Vaccination North-Western Provinces and Oudh 1896-1901 - 1896-1901
Year: 1896
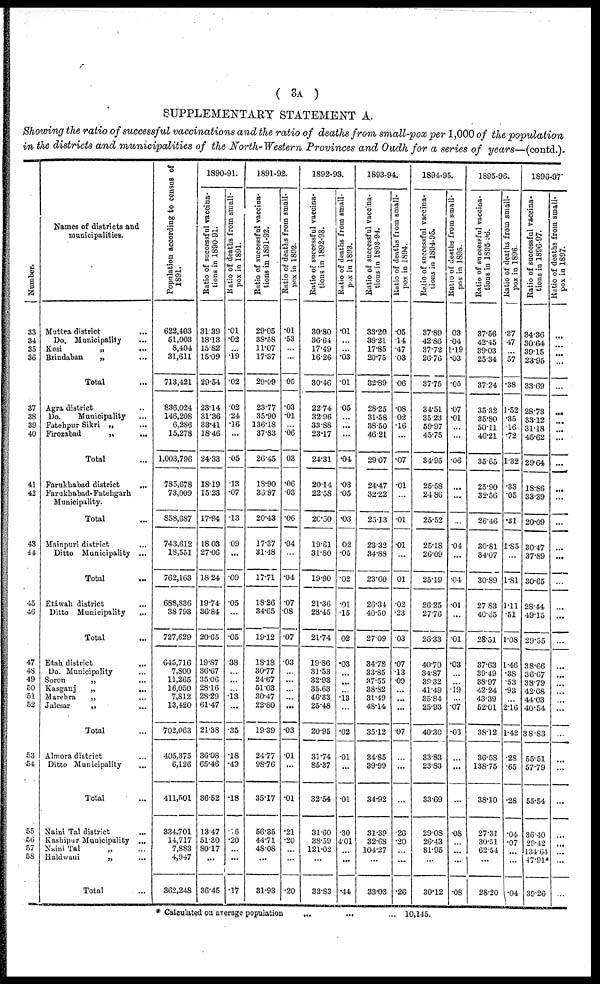
( 3A )
SUPPLEMENTARY STATEMENT A.
Showing the ratio of successful vaccinations and the ratio of deaths from small-pox per 1,000 of the population
in the districts and municipalities of the North-Western Provinces and Oudh for a series of years—(contd.).
Number.
33
34
35
36
37
38
39
40
41
42
43
44
45
46
47
48
49
50
51
52
53
54
55
56
57
58
Names of districts and
municipalities.
Muttra district ...
Do. Municipality ...
Kosi
„
...
Brindaban
„
...
Total ...
Agra district ...
Do.
Municipality ...
Fatehpur Sikri „ ...
Firozabad
„
...
Total ...
Farukhabad district
...
Farukhabad-Fatehgarh
Municipality.
Total ...
Mainpuri district ...
Ditto Municipality ...
Total ...
Etáwah district ...
Ditto Municipality ...
Total ...
Etah district ...
Do. Municipality ...
Soron
„ ...
Kasganj
„ ...
Marehra
„ ...
Jalesar
„ ...
Total ...
Almora district ...
Ditto Municipality ...
Total
Naini Tal district ...
Kashipur Municipality ...
Naini Tal
„ ...
Haldwani
„ ...
Total ...
Population according to census of
1891.
622,403
51,003
8,404
31,611
713,421
836,024
146,208
6,286
15,278
1,003,796
785,678
73,009
858,687
743,612
18,551
762,163
688,836
38,793
727,629
645,716
7,800
11,265
16,050
7,812
13,420
702,063
405,375
6,126
411,501
334,701
14,717
7,883
4,947
362,248
1890-91.
Ratio of successful vaccina-
tions in 1890-91.
31.39
18.13
15.82
15.09
29.54
23.14
31.36
33.41
18.46
24.33
18.19
15.23
17.94
18.03
27.06
18.24
19.74
36.84
20.65
19.87
36.67
35.06
28.16
28.29
61.47
21.38
36.08
65.46
36.52
13.47
51.30
80.17
...
36.45
Ratio of deaths from small-
pox in 1891.
.01
.02
...
.19
.02
.02
.24
.16
...
.05
.13
.07
.13
.09
...
.09
.05
...
.05
.38
...
...
...
.13
...
.35
.18
.49
.18
6
.20
...
...
.17
1891-92.
Ratio of successful vaccina-
tions in 1891-92.
29.05
38.58
11.07
17.37
29.09
23.77
35.90
136.18
37.83
26.45
18.90
36.97
20.43
17.37
31.48
17.71
18.26
34.65
19.12
18.18
30.77
24.67
51.03
30.47
22.80
19.39
24.77
98.76
35.17
56.35
44.71
48.08
...
31.93
Ratio of deaths from small-
pox in 1892.
.01
.53
...
...
.05
.03
.01
...
.06
03
.06
.03
.06
.04
...
.04
.07
.08
.07
.03
...
...
...
...
...
.03
.01
...
.01
.21
.20
...
...
.20
1892-93.
Ratio of successful vaccina-
tions in 1892-93.
30.80
36.64
17.49
16.26
30.46
22.74
32.96
33.88
23.17
24.31
20.14
22.58
20.50
19.61
31.80
19.90
21.36
28.45
21.74
19.86
31.53
32.93
35.63
46.33
25.48
20.95
31.74
85.37
32.54
31.60
38.59
121.02
...
33.83
Ratio of deaths from small-
pox in 1893.
.01
...
...
.03
.01
.05
...
...
...
.04
.03
.05
.03
02
.05
.02
.01
.15
02
.03
...
...
...
.13
...
.02
.01
...
.01
.30
4.01
...
...
.44
1893-94.
Ratio of successful vaccina-
tions in 1893-94.
33.20
39.21
17.85
20.75
32.89
28.25
31.58
38.50
46.21
29.07
24.47
32.22
25.13
23.32
34.88
23.60
26.34
40.50
27.09
34.78
33.85
37.55
38.82
31.49
48.14
35.12
34.85
39.99
34.92
31.39
32.68
104.27
...
33.03
Ratio of deaths from small-
pox in 1894.
.05
.14
.47
.03
.06
.08
.02
.16
...
.07
.01
...
.01
.01
...
01
.02
.23
.03
.07
.13
.09
...
...
...
07
...
...
...
.26
.20
...
...
.26
1894-95.
Ratio of successful vaccina-
tions in 1894-95.
37.89
42.86
37.72
26.76
37.75
34.51
35.23
59.97
45.75
34.95
25.58
24.86
25.52
25.18
26.09
25.19
26.25
27.76
26.33
40.70
34.87
39.32
41.49
35.84
25.93
40.30
33.83
23.83
33.69
29.08
26.43
81.95
...
30.12
Ratio of deaths from small-
pox in 1895.
03
.04
1.19
.03
.05
.07
.01
...
...
.06
...
...
...
.04
...
.04
.01
...
.01
.03
...
...
.19
...
.07
.03
...
...
...
.08
...
...
...
.08
1895-96.
Ratio of successful vaccina-
tions in 1895-96.
37.56
42.45
39.03
25.34
37.24
35.32
35.80
50.11
46.21
35.65
25.90
32.56
26.46
30.81
34.07
30.89
27.83
40.65
28.51
37.63
39.49
38.97
42.24
43.39
52.01
38.12
36.58
138.75
38.10
27.31
30.51
62.54
...
28.20
Ratio of deaths from small-
pox in 1896.
.37
47
...
57
.38
1. 52
.35
.16
.72
1.32
.33
.05
.31
1.85
...
1.81
1.11
.51
1.08
1.46
.38
.53
.93
...
2.16
1.42
.28
.65
.28
.04
.07
...
...
.04
1896-97
Ratio of successful vaccina-
tions in 1896-97.
34.36
30.64
39.15
23.95
33.69
28.73
33.12
31.18
45.62
29.64
18.86
33.39
20.09
30.47
37.89
30.65
28.44
49.15
29.55
38.66
36.67
38.79
42.68
44.03
40.54
38.83
55.51
57.79
55.54
36.40
29.42
134.64
47.91*
39.26
Ratio of deaths from small-
pox in 1897.
...
...
...
...
...
...
...
...
...
...
...
...
...
...
...
...
...
...
...
...
...
...
...
...
...
...
...
...
...
...
...
...
...
...
* Calculated on average population
...
... ...
10,145.